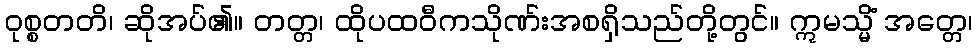
ဝုစ္စတတိ၊ ဆိုအပ်၏။ တတ္တ၊ ထိုပထဝီကသိုဏ်းအစရှိသည်တို့တွင်။ ဣမသ္မိံ အတ္တေ၊